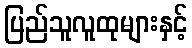
ပြည်သူလူထုများနှင့်